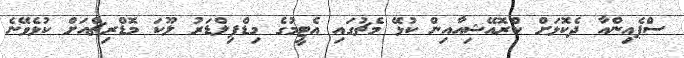
ސްޕެއިންއާ ދެކޮޅަށް ކްރޮއޭޝިއާއިން ކުޅޭ މެޗުގައި އެޓީމުގެ މިޑްފިލްޑަރު ލޫކަ މޮޑްރިޗްއަށް ކުޅެވޭނެ